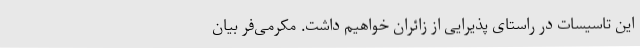
این تاسیسات در راستای پذیرایی از زائران خواهیم داشت. مکرمی‌فر بیان